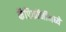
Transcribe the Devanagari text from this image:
कॅप्रिकॉर्नीमध्ये